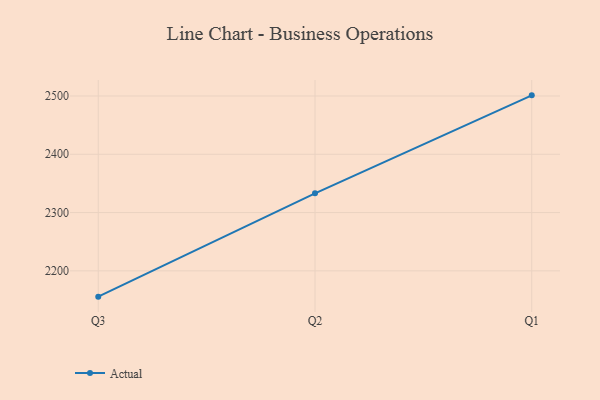
{"axis": {"x": "Quarter", "y": "Website Visitors"}, "legend": ["Actual"], "data": [{"x": "Q3", "y": 2155.7, "type": "Actual"}, {"x": "Q2", "y": 2333.0, "type": "Actual"}, {"x": "Q1", "y": 2501.1, "type": "Actual"}]}